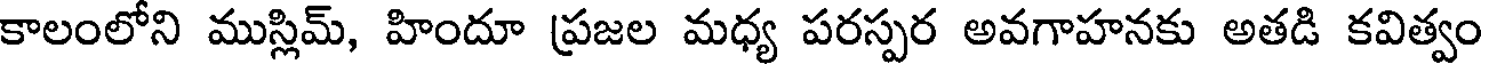
కాలంలోని ముస్లిమ్, హిందూ ప్రజల మధ్య పరస్పర అవగాహనకు అతడి కవిత్వం